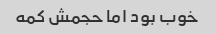
خوب بود اما حجمش کمه